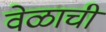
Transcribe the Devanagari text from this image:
वेळाची